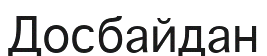
Досбайдан